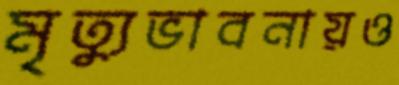
মৃত্যুভাবনায়ও